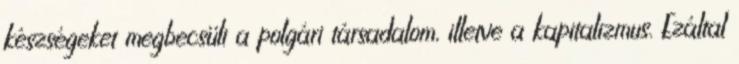
készségeket megbecsüli a polgári társadalom, illetve a kapitalizmus. Ezáltal